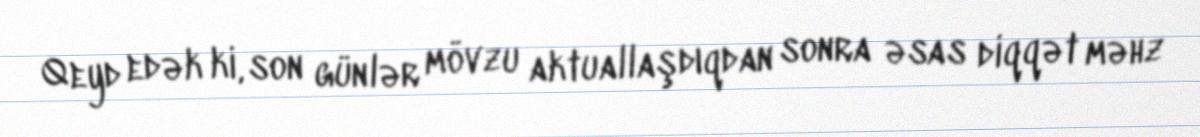
Qeyd edək ki, son günlər mövzu aktuallaşdıqdan sonra əsas diqqət məhz